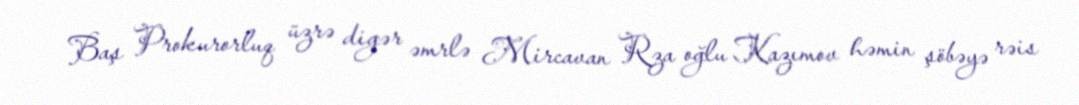
Baş Prokurorluq üzrə digər əmrlə Mircavan Rza oğlu Kazımov həmin şöbəyə rəis